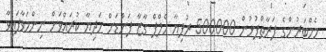
މެމްބަރުންގެ ފަރާތްޕުޅުން 500000 ރުފިޔާ ހެލްޕް ގާޒާ ފަންޑަށް ހަދިޔާ ކުރައްވަން ނިންމަވާފައިވާ